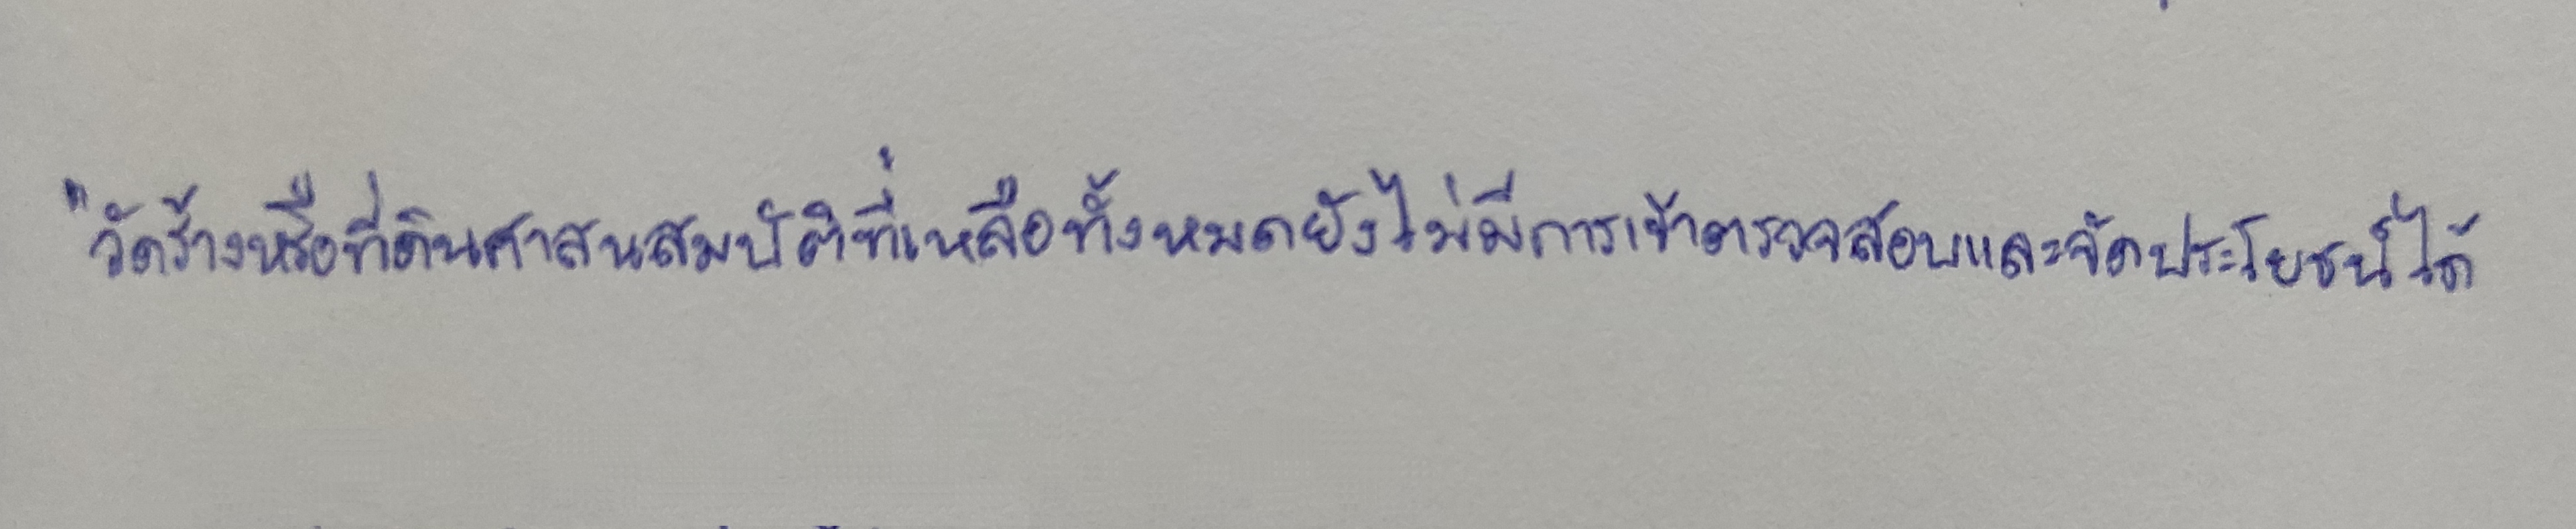
"วัดร้างหรือที่ดินศาสนสมบัติที่เหลือทั้งหมดยังไม่มีการเข้าตรวจสอบและจัดประโยชน์ได้